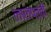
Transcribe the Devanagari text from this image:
लालपत्ती